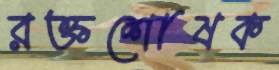
রক্তশোষক